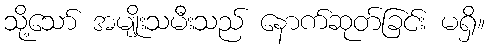
သို့သော် အမျိုးသမီးသည် နောက်ဆုတ်ခြင်း မရှိ။